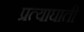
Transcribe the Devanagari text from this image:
प्रत्याघाती